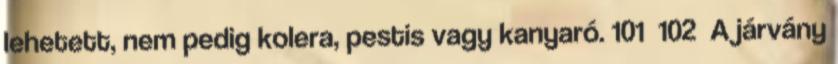
lehetett, nem pedig kolera, pestis vagy kanyaró. 101 102 A járvány